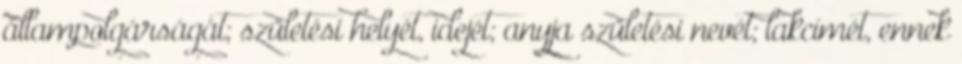
állampolgárságát; születési helyét, idejét; anyja születési nevét; lakcímét, ennek